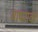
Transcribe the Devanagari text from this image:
याथरावर